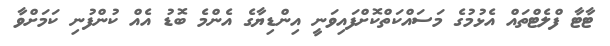
ޓާޓާ ފްލެޓްތައް އެޅުމުގެ މަސައްކަތްކޮށްފައިވަނީ އިންޑިޔާގެ އެންމެ ބޮޑު އެއް ކުންފުނި ކަމަށްވާ